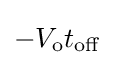
-V_{\text{o}}t_{\text{off}}